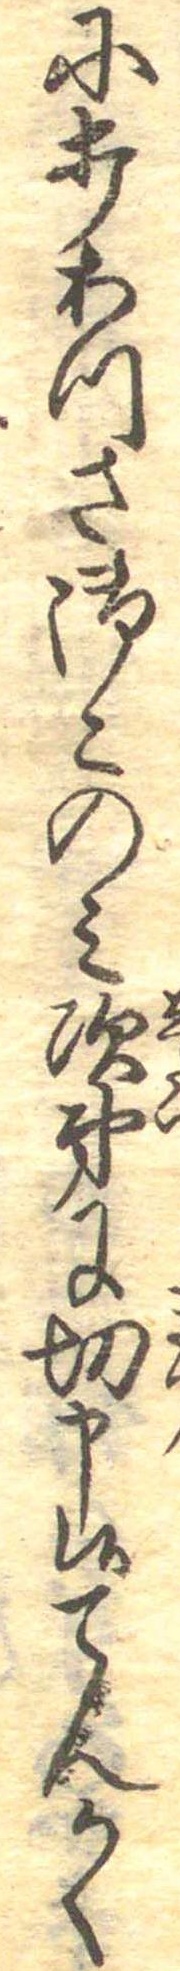
に打あつさ御このみ次第に切申候てんかく